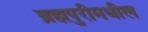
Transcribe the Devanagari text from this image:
ब्रह्मपुरीमधील